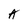
Character: A